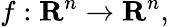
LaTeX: f:\mathbf{R}^{n}\rightarrow\mathbf{R}^{n},